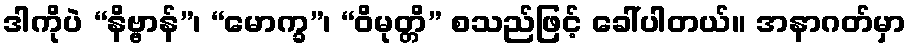
ဒါကိုပဲ “နိဗ္ဗာန်”၊ “မောက္ခ”၊ “ဝိမုတ္တိ” စသည်ဖြင့် ခေါ်ပါတယ်။ အနာဂတ်မှာ